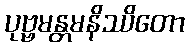
ပုဗ္ဗမန္တမနိဿိတော